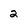
Character: 2